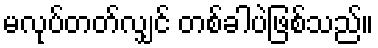
မလုပ်တတ်လျှင် တစ်ခါပဲဖြစ်သည်။